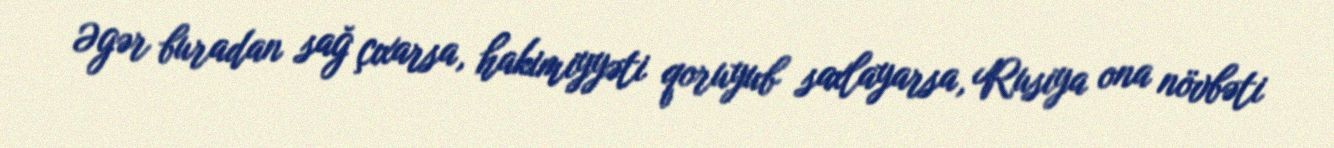
Əgər buradan sağ çıxarsa, hakimiyyəti qoruyub saxlayarsa, Rusiya ona növbəti